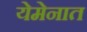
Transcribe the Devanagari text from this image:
येमेनात